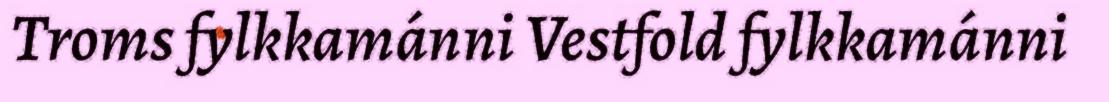
Troms fylkkamánni Vestfold fylkkamánni